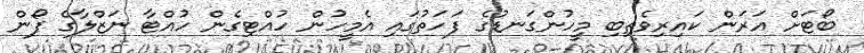
ބޯޓަށް އަރަން ކައިރިވެތިބި މީހުންގަނޑުގެ ފަހަތުގައި އެމީހުން ހުއްޓިގެން ހުއްޓާ ނަޒްލާގެ ފޯން